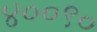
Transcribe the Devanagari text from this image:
४००९०